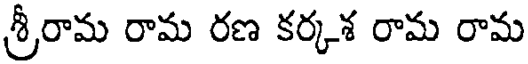
శ్రీరామ రామ రణ కర్కశ రామ రామ